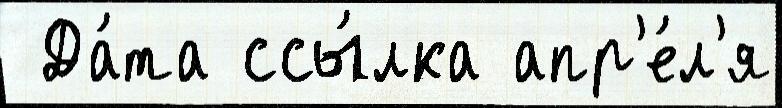
 Да́та ссы́лка апр'е́л'я